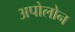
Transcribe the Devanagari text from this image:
अपोलोन